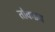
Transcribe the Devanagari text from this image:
तोकडच